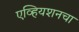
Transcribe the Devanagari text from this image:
एव्हियशनचा